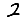
Digit: 2